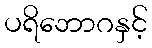
ပရိဘောဂနှင့်